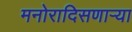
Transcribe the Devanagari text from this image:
मनोरादिसणार्‍या